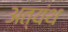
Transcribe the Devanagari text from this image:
अत्यंथ